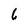
Character: 6